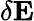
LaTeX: \delta\textbf{E}